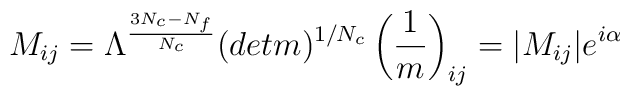
M_{ij} = \Lambda^{{3N_c - N_f \over N_c}}  (detm)^{1/N_c}\left( {1 \over  m} \right) _{ij} = |M_{ij}| e^{i\alpha}~~~